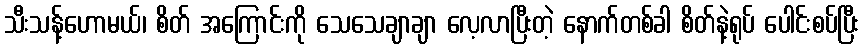
သီးသန့်ဟောမယ်၊ စိတ် အကြောင်းကို သေသေချာချာ လေ့လာပြီးတဲ့ နောက်တစ်ခါ စိတ်နဲ့ရုပ် ပေါင်းစပ်ပြီး